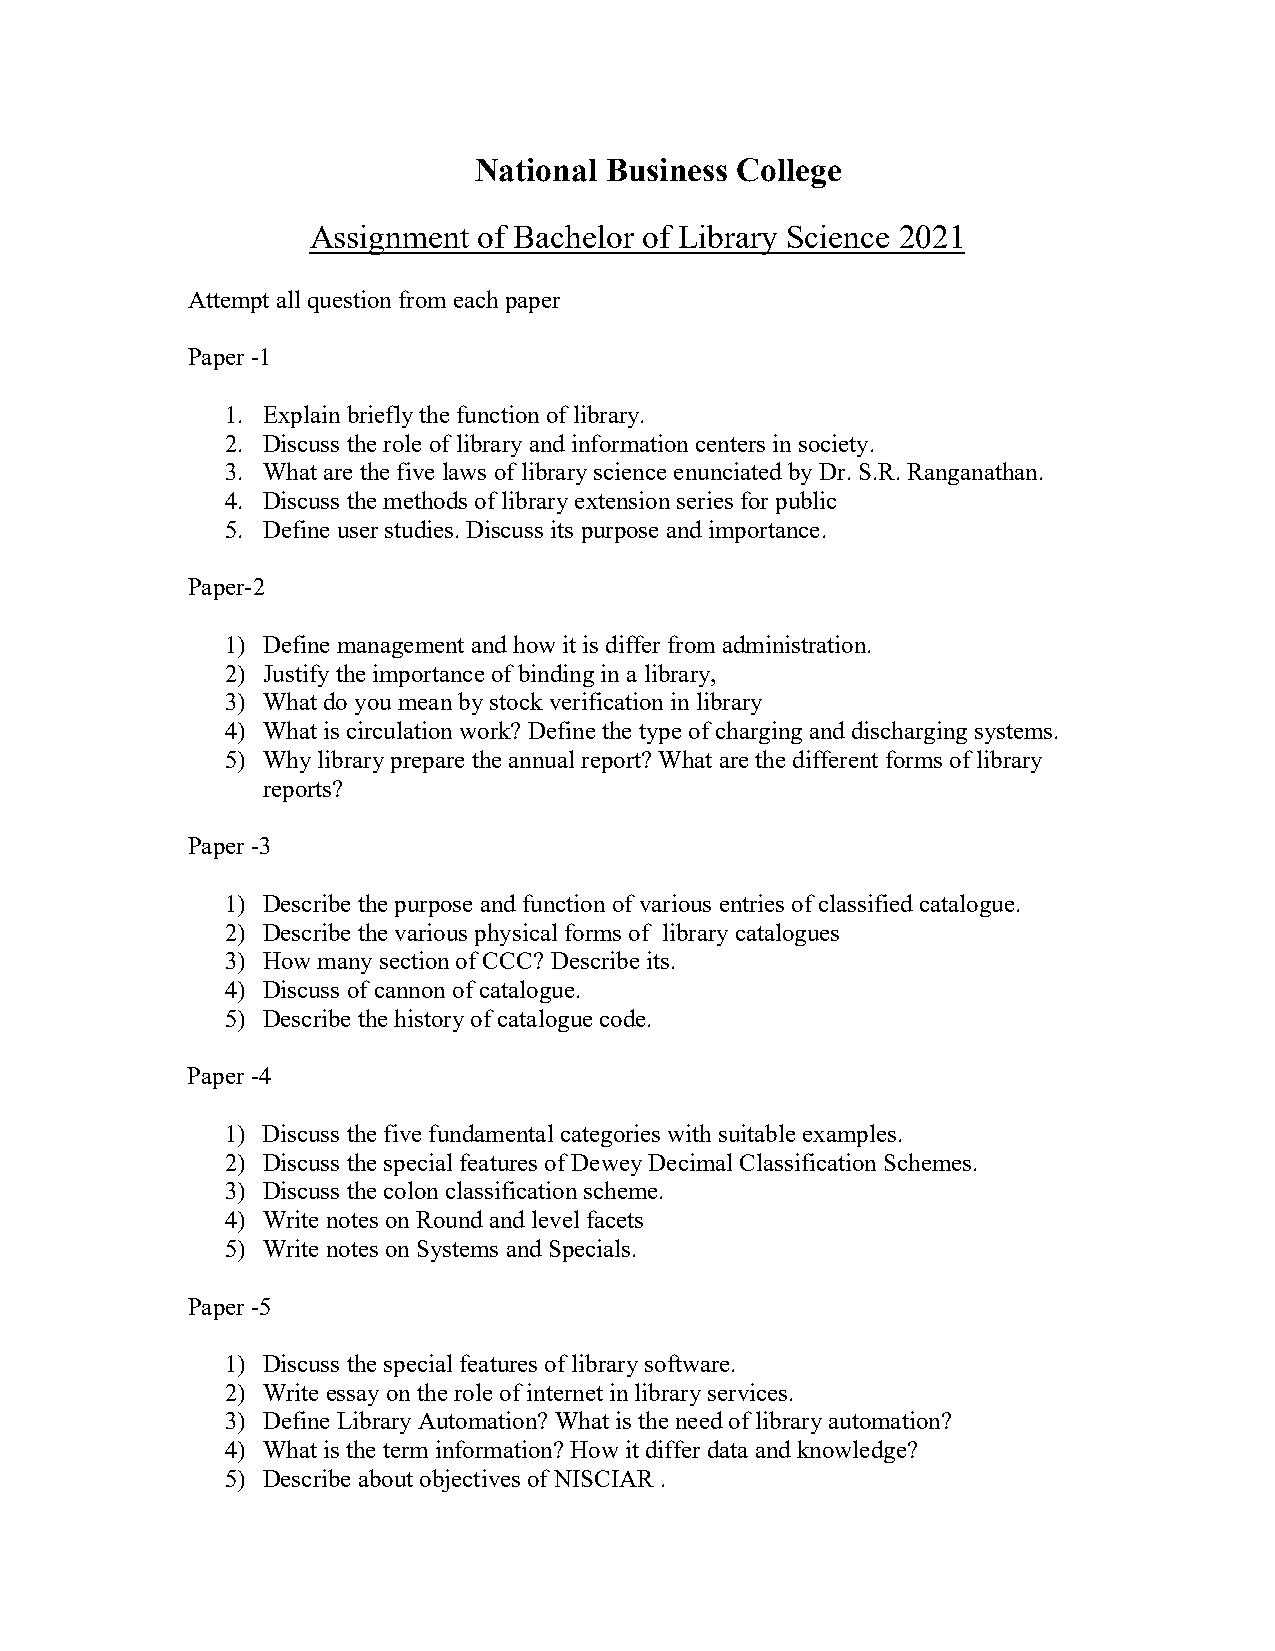
National Business College
 Assignment of Bachelor of Library Science 2021
 Attempt all question from each paper
 Paper -1
 1. Explain briefly the function of library.
 2. Discuss the role of library and information centers in society.
 3. What are the five laws of library science enunciated by Dr. S.R. Ranganathan.
 4. Discuss the methods of library extension series for public
 5. Define user studies. Discuss its purpose and importance.
 Paper-2
 1) Define management and how it is differ from administration.
 2) Justify the importance of binding in a library,
 3) What do you mean by stock verification in library
 4) What is circulation work? Define the type of charging and discharging systems.
 5) Why library prepare the annual report? What are the different forms of library
 reports?
 Paper -3
 1) Describe the purpose and function of various entries of classified catalogue.
 2) Describe the various physical forms of library catalogues
 3) How many section of CCC? Describe its.
 4) Discuss of cannon of catalogue.
 5) Describe the history of catalogue code.
 Paper -4
 1) Discuss the five fundamental categories with suitable examples.
 2) Discuss the special features of Dewey Decimal Classification Schemes.
 3) Discuss the colon classification scheme.
 4) Write notes on Round and level facets
 5) Write notes on Systems and Specials.
 Paper -5
 1) Discuss the special features of library software.
 2) Write essay on the role of internet in library services.
 3) Define Library Automation? What is the need of library automation?
 4) What is the term information? How it differ data and knowledge?
 5) Describe about objectives of NISCIAR .